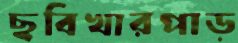
ছবিখারপাড়